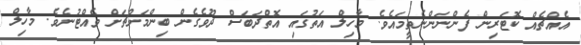
އެއްޗެއް ކޮޓަރިން ފެންނަންނެތީމައެވެ. މާހިލް އަތުގައި އޮތްދަބަސް ދޫވެގެން ބިންމަށްޗަށް ވެއްޓުނެވެ. މާހިލް